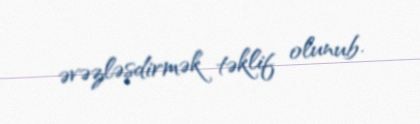
əvəzləşdirmək təklif olunub.